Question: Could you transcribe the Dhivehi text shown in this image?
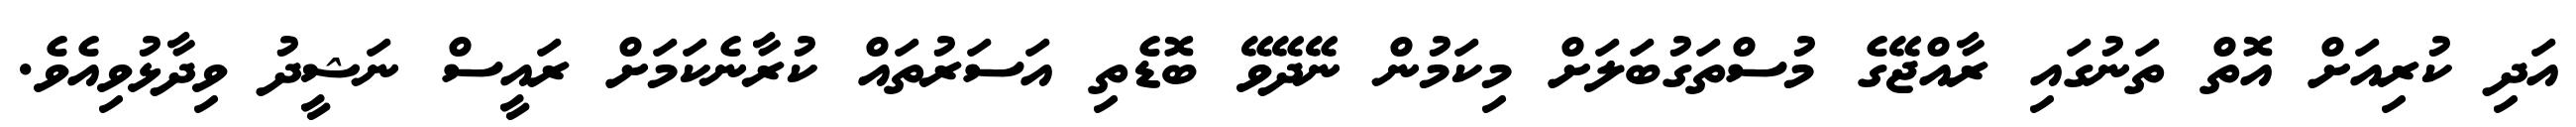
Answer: އަދި ކުރިއަށް އޮތް ތަނުގައި ރާއްޖޭގެ މުސްތަގުބަލަށް މިކަމުން ނޭދޭވޭ ބޮޑެތި އަސަރުތައް ކުރާނެކަމަށް ރައީސް ނަޝީދު ވިދާޅުވިއެވެ.